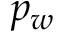
p _ { w }